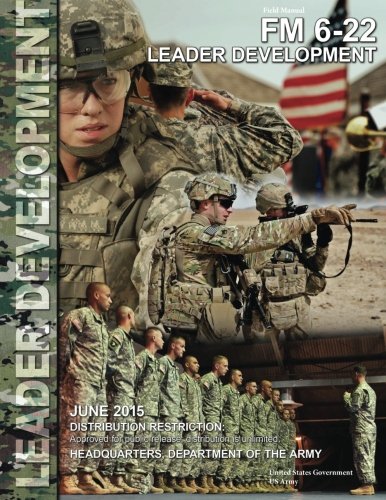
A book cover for Field Manual FM 6-22 Leader Development June 2015; United States Government US Army; Test Preparation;